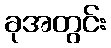
ခုအတွင်း